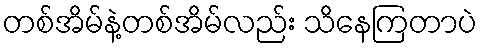
တစ်အိမ်နဲ့တစ်အိမ်လည်း သိနေကြတာပဲ